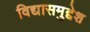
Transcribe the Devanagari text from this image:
विद्यासमुद्देश